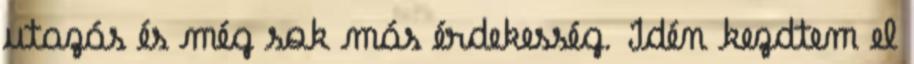
utazás és még sok más érdekesség. Idén kezdtem el